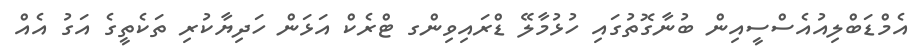
އެމްޑަބްލިއުއެސްސީއިން ބުނާގޮތުގައި ހުޅުމާލޭ ޑްރައިވިންގ ޓްރެކް އަޅަން ހަދިޔާކުރި ތަކެތީގެ އަގު އެއް